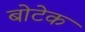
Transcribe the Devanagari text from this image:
बोटेक